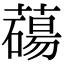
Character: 𦿆